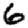
Digit: 6